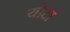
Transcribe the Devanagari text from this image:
योटा